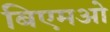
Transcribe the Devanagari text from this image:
बिएमओ